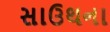
સાઉથના